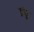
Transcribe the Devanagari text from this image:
ग्रंथु